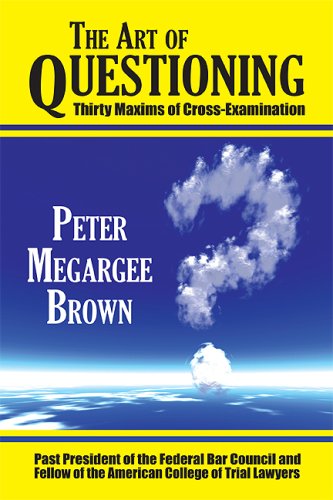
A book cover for The Art of Questioning: Thirty Maxims of Cross Examination (PAPERBACK); Peter Megargee Brown; Law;